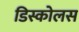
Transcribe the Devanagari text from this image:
डिस्कोलस